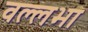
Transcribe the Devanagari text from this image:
वल्लभा